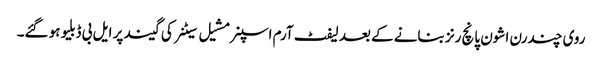
روی چندرن اشون پانچ رنز بنانے کے بعد لیفٹ آرم اسپنر مشیل سیٹنر کی گیند پر ایل بی ڈبلیو ہو گئے۔